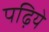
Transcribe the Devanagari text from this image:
पढ़िये